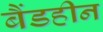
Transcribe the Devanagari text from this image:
बैंडहीन